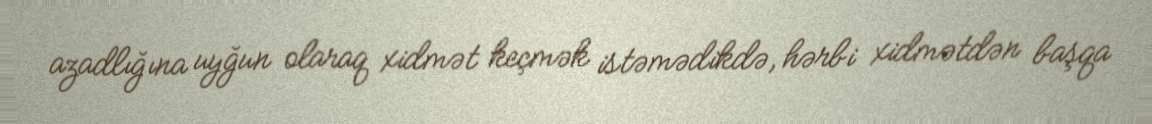
azadlığına uyğun olaraq xidmət keçmək istəmədikdə, hərbi xidmətdən başqa